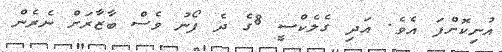
އުނިކޮށްފަ އެވެ. އަދި ގެލެކްސީ 8ގެ ދެ ފޯނު ވެސް ބާޒާރަށް ނެރެން